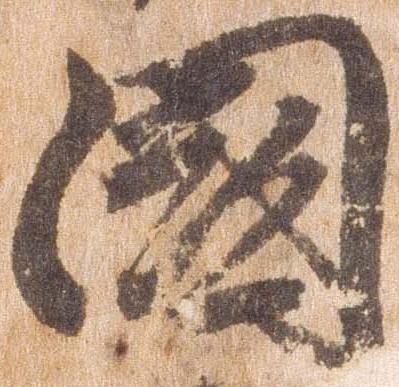
国